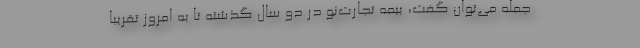
جمله می‌توان گفت، بیمه تجارت‌نو در دو سال گذشته تا به امروز تقریبا